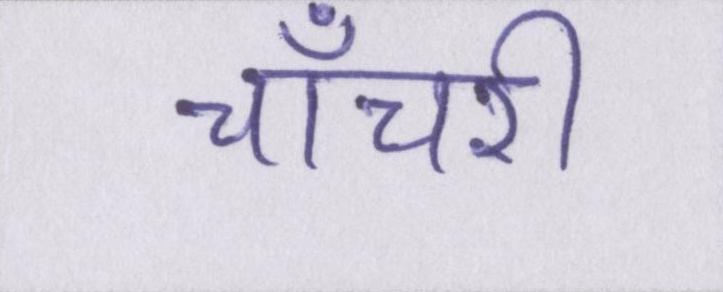
चाँचरी